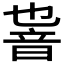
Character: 𱂏